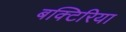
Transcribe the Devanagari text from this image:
बक्टिरिया